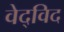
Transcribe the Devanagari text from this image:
वेद्‍विद